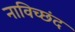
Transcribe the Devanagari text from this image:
नाविच्छंद